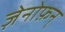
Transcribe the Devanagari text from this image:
ज़ेनोफ़न्